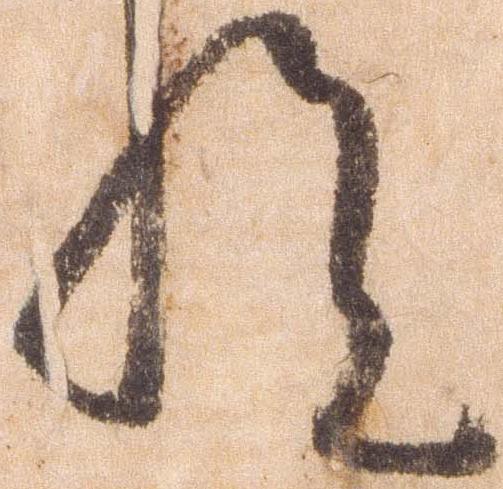
悦